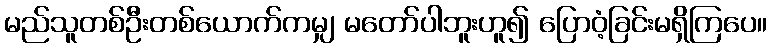
မည်သူတစ်ဦးတစ်ယောက်ကမျှ မတော်ပါဘူးဟူ၍ ပြောဝံ့ခြင်းမရှိကြပေ။